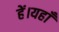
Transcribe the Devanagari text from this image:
हें।यहाँ